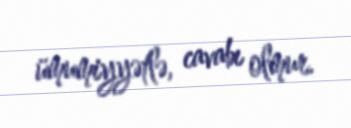
ümumiyyətlə, cavabı olmur.